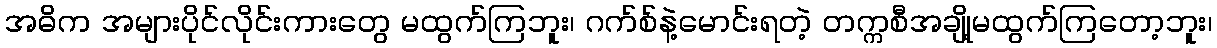
အဓိက အများပိုင်လိုင်းကားတွေ မထွက်ကြဘူး၊ ဂက်စ်နဲ့မောင်းရတဲ့ တက္ကစီအချို့မထွက်ကြတော့ဘူး၊